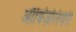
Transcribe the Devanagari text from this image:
ऑक्ज़िलियरी